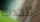
للحدث